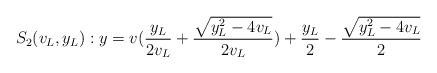
\begin{align*}S_2(v_L,y_L): y&=v(\frac{y_L}{2v_L}+\frac{\sqrt{y_L^2-4v_L}}{2v_L})+\frac{y_L}{2}-\frac{\sqrt{y_L^2-4v_L}}{2} \end{align*}